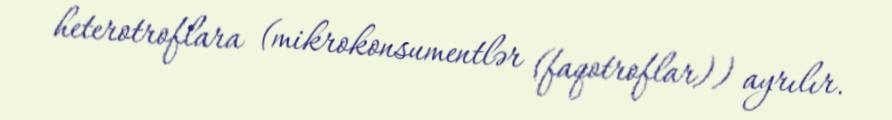
heterotroflara (mikrokonsumentlər (faqotroflar)) ayrılır.